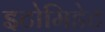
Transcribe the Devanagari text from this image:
इटोमिडेट